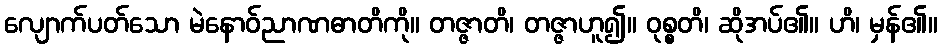
လျောက်ပတ်သော မဲနောဝ်ညာဏဓာတိကို။ တဇ္ဇာတိ၊ တဇ္ဇာဟူ၍။ ဝုစ္စတိ၊ ဆိုအပ်၏။ ဟိ၊ မှန်၏။